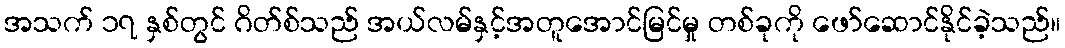
အသက် ၁၇ နှစ်တွင် ဂိတ်စ်သည် အယ်လမ်နှင့်အတူအောင်မြင်မှု တစ်ခုကို ဖော်ဆောင်နိုင်ခဲ့သည်။